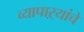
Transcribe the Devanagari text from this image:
व्यापाऱ्यांचे